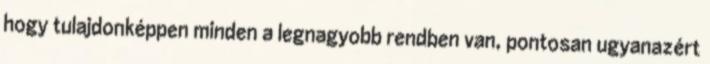
hogy tulajdonképpen minden a legnagyobb rendben van, pontosan ugyanazért